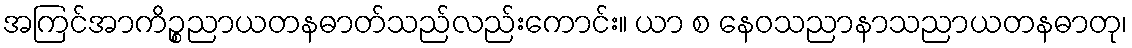
အကြင်အာကိဉ္စညာယတနဓာတ်သည်လည်းကောင်း။ ယာ စ နေဝသညာနာသညာယတနဓာတု၊